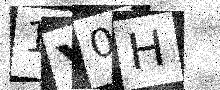
Text: 1Y0H